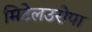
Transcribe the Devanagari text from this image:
मिटेलउरोपा